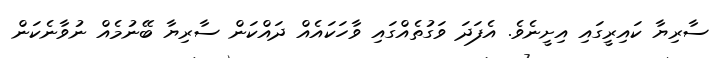
ސާރިޔާ ކައިރީގައި އިށީނެވެ. އެފަދަ ވަގުތެއްގައި ވާހަކައެއް ދައްކަން ސާރިޔާ ބޭނުމެއް ނުވާނެކަން